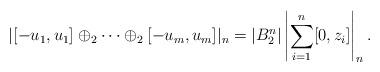
LaTeX: \begin{align*}|[-u_1,u_1]\oplus_2\cdots\oplus_2[-u_m,u_m]|_n=|B_2^n|\left|\sum_{i=1}^n[0,z_i]\right|_n.\end{align*}